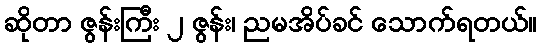
ဆိုတာ ဇွန်းကြီး ၂ ဇွန်း၊ ညမအိပ်ခင် သောက်ရတယ်။